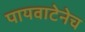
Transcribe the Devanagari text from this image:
पायवाटेनेच